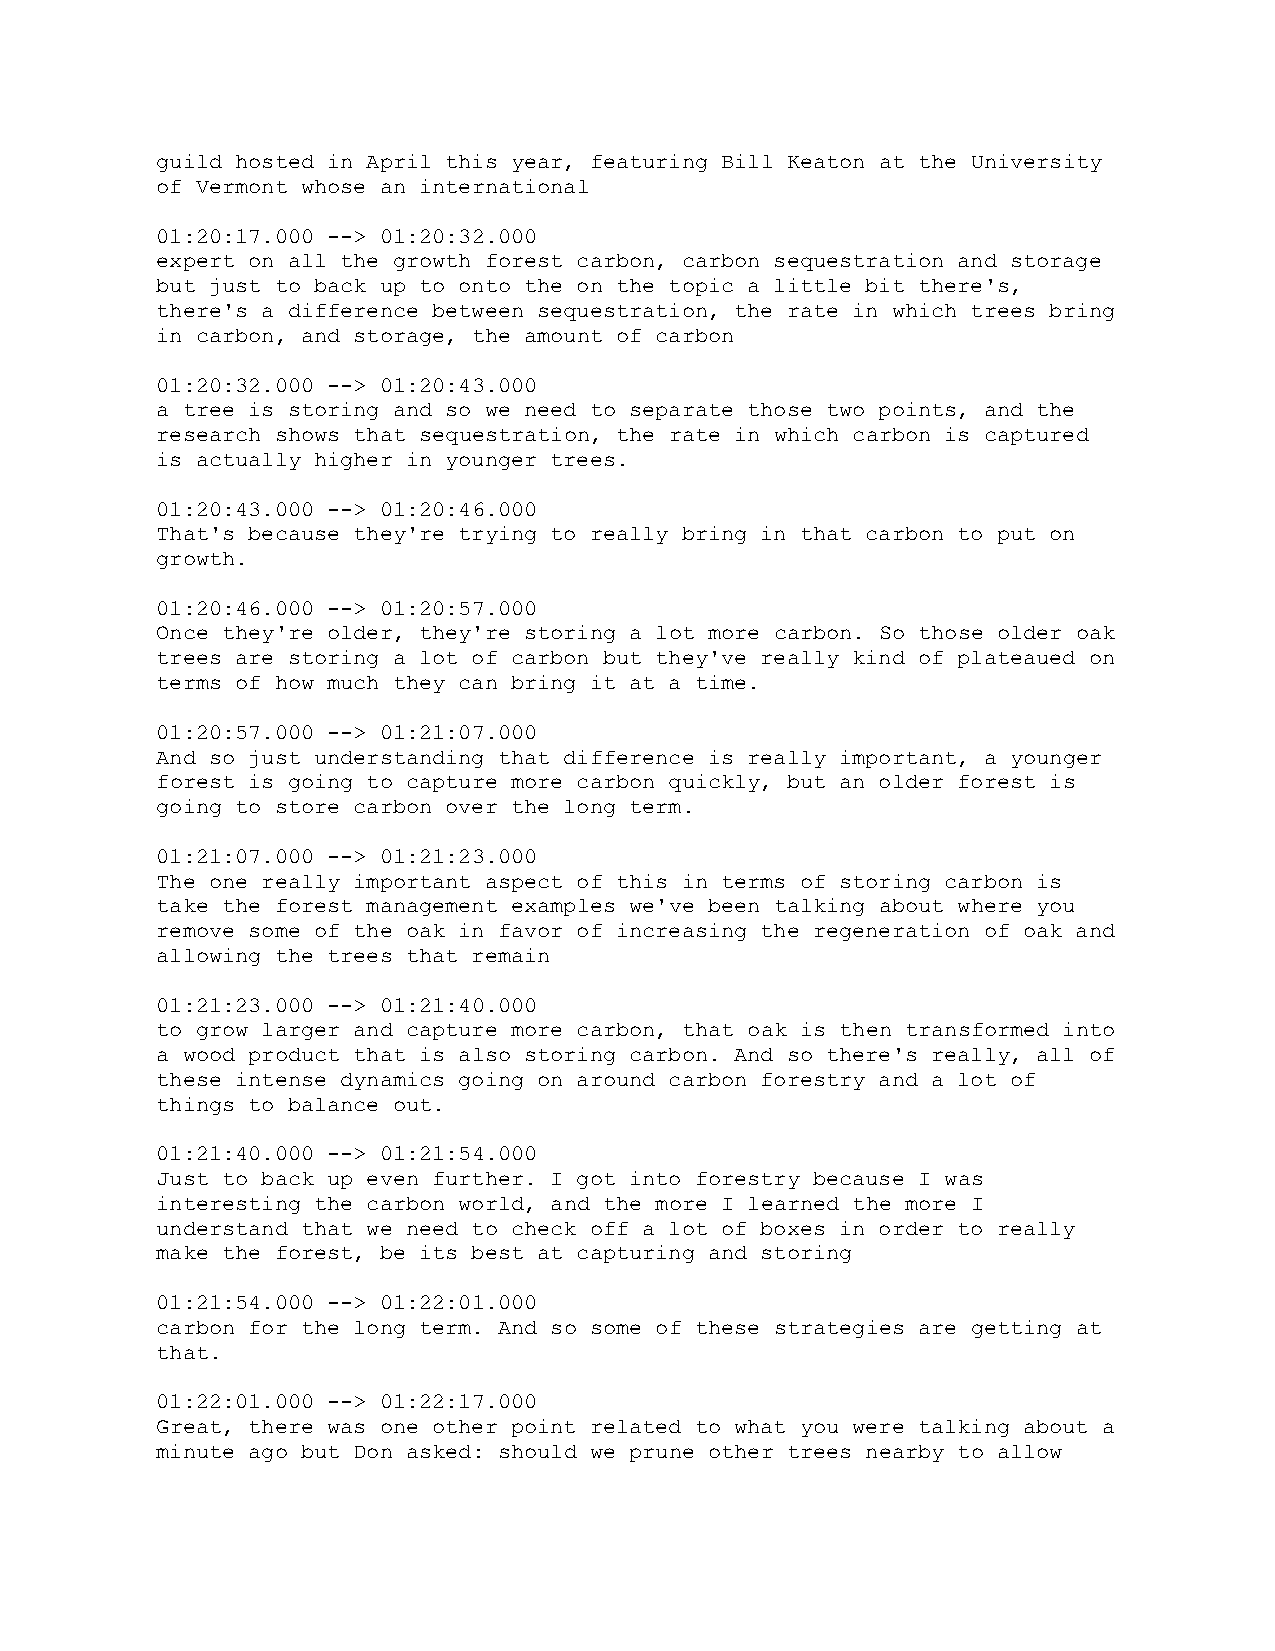
guild hosted in April this year, featuring Bill Keaton at the University
 of Vermont whose an international
 01:20:17.000 --> 01:20:32.000
 expert on all the growth forest carbon, carbon sequestration and storage
 but just to back up to onto the on the topic a little bit there's,
 there's a difference between sequestration, the rate in which trees bring
 in carbon, and storage, the amount of carbon
 01:20:32.000 --> 01:20:43.000
 a tree is storing and so we need to separate those two points, and the
 research shows that sequestration, the rate in which carbon is captured
 is actually higher in younger trees.
 01:20:43.000 --> 01:20:46.000
 That's because they're trying to really bring in that carbon to put on
 growth.
 01:20:46.000 --> 01:20:57.000
 Once they're older, they're storing a lot more carbon. So those older oak
 trees are storing a lot of carbon but they've really kind of plateaued on
 terms of how much they can bring it at a time.
 01:20:57.000 --> 01:21:07.000
 And so just understanding that difference is really important, a younger
 forest is going to capture more carbon quickly, but an older forest is
 going to store carbon over the long term.
 01:21:07.000 --> 01:21:23.000
 The one really important aspect of this in terms of storing carbon is
 take the forest management examples we've been talking about where you
 remove some of the oak in favor of increasing the regeneration of oak and
 allowing the trees that remain
 01:21:23.000 --> 01:21:40.000
 to grow larger and capture more carbon, that oak is then transformed into
 a wood product that is also storing carbon. And so there's really, all of
 these intense dynamics going on around carbon forestry and a lot of
 things to balance out.
 01:21:40.000 --> 01:21:54.000
 Just to back up even further. I got into forestry because I was
 interesting the carbon world, and the more I learned the more I
 understand that we need to check off a lot of boxes in order to really
 make the forest, be its best at capturing and storing
 01:21:54.000 --> 01:22:01.000
 carbon for the long term. And so some of these strategies are getting at
 that.
 01:22:01.000 --> 01:22:17.000
 Great, there was one other point related to what you were talking about a
 minute ago but Don asked: should we prune other trees nearby to allow